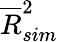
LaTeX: \overline{{R}}_{sim}^{2}